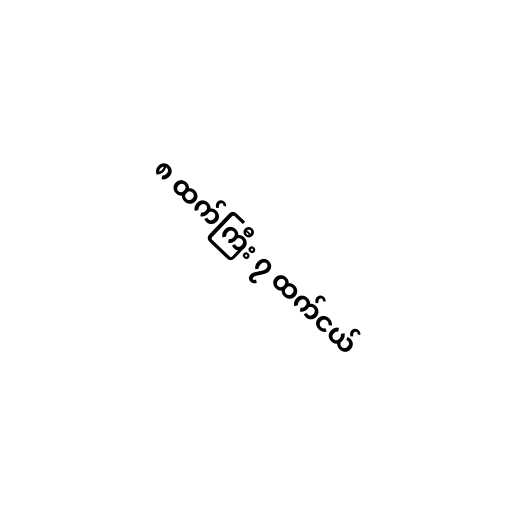
၈ ထက်ကြီး ၇ ထက်ငယ်